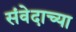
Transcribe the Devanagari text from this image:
संवेदाच्या